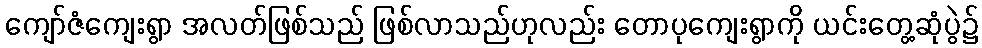
ကျော်ဇံကျေးရွာ အလတ်ဖြစ်သည် ဖြစ်လာသည်ဟုလည်း တောပုကျေးရွာကို ယင်းတွေ့ဆုံပွဲ၌